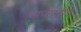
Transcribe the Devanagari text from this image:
अप्‍लाईड